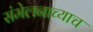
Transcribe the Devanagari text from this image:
संमेलनाच्याच